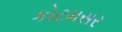
કોટમસર